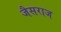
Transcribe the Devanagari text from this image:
जैसराज